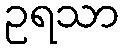
ဥရသာ